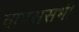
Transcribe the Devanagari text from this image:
वापससभी